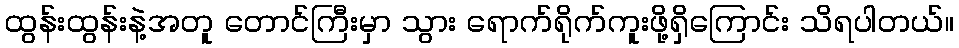
ထွန်းထွန်းနဲ့အတူ တောင်ကြီးမှာ သွား ရောက်ရိုက်ကူးဖို့ရှိကြောင်း သိရပါတယ်။